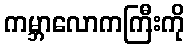
ကမ္ဘာလောကကြီးကို